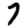
Digit: 7